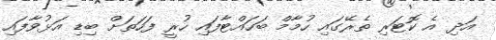
އަދި އެ ކޮޓަރި ތެރޭގައި ހުމާމް ބަހައްޓާފައި ހުރީ ފަހަތަށް ބިޑި އަޅުވާފައި